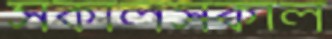
সকালসকাল